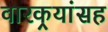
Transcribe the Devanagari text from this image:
वारकर्‍यांसह